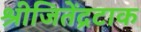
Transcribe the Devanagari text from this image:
श्रीजितेंद्रटाक